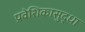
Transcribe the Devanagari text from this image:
प्रवेशिकासुद्धा